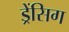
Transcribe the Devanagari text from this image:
ड्रेंसिग